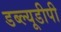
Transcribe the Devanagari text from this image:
डब्ल्यूडीपी